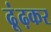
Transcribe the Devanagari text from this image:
ढूंढ़कर